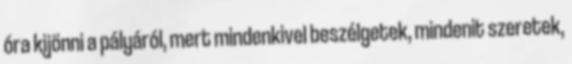
óra kijönni a pályáról, mert mindenkivel beszélgetek, mindenit szeretek,